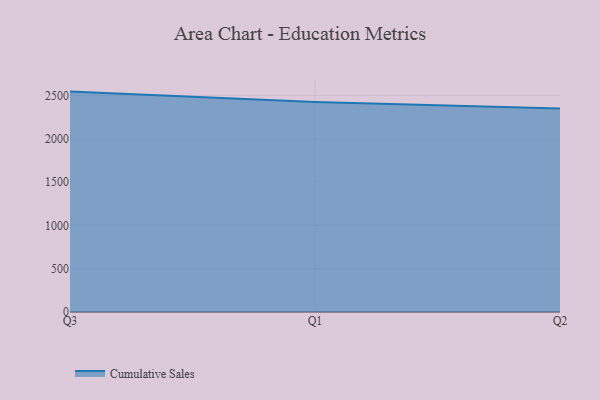
{"axis": {"x": "Quarter", "y": "Budget (USD K)"}, "legend": ["Cumulative Sales"], "data": [{"x": "Q3", "y": 2544.3, "type": "Cumulative Sales"}, {"x": "Q1", "y": 2425.4, "type": "Cumulative Sales"}, {"x": "Q2", "y": 2349.6, "type": "Cumulative Sales"}]}